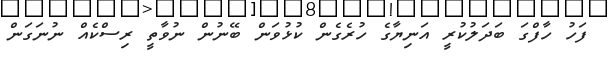
ފަހު ހާފްގަ ބަދަލުކުރީ އަނިޔާގެ ހުރެގެން ކުޅުވަން ބޭނުން ނުވާތީ ރިސްކެއް ނުނަގަން